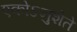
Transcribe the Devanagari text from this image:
एकोऽनुशेते